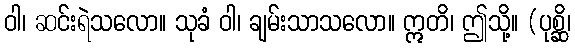
ဝါ၊ ဆင်းရဲသလော။ သုခံ ဝါ၊ ချမ်းသာသလော။ ဣတိ၊ ဤသို့။ (ပုစ္ဆိ၊